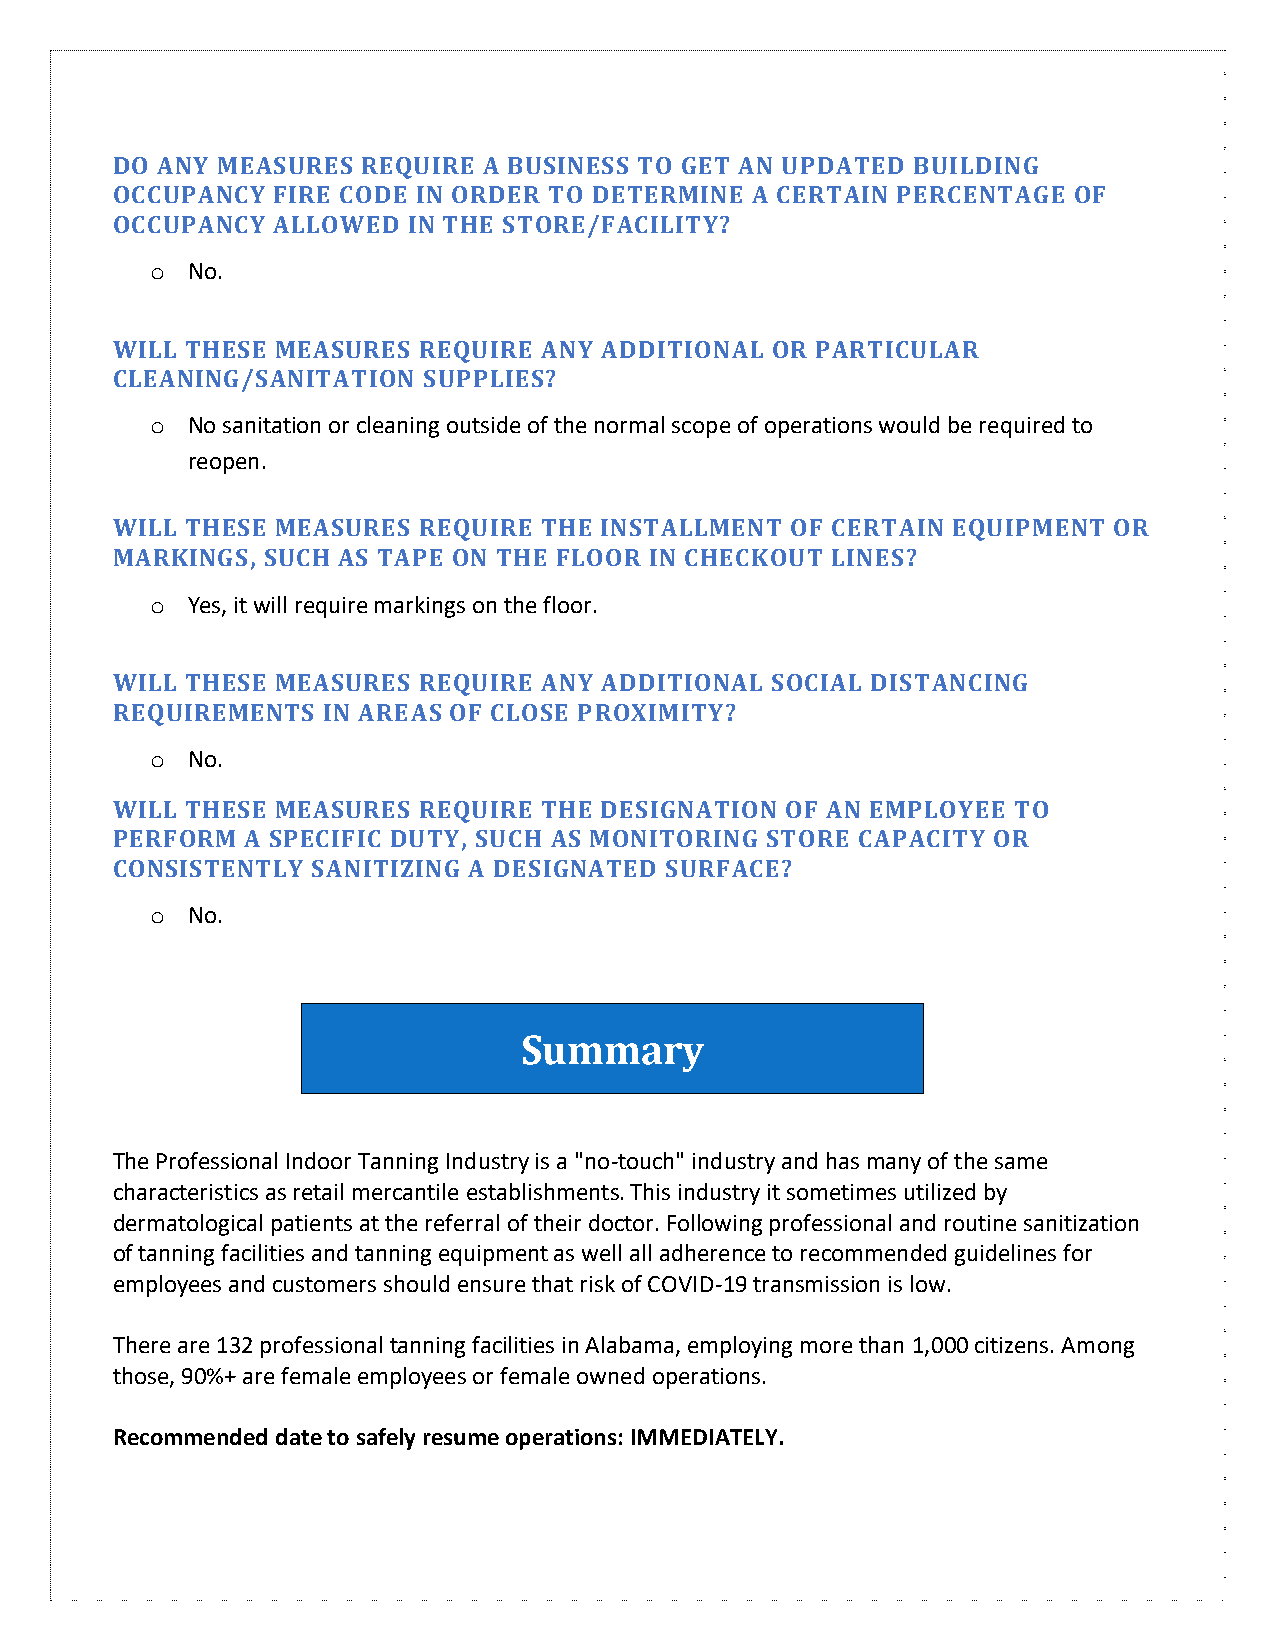
DO ANY MEASURES  REQUIRE A BUSINESS TO GET AN UPDATED BUILDING
 OCCUPANCY  FIRE CODE IN ORDER TO DETERMINE A CERTAIN PERCENTAGE OF
 OCCUPANCY  ALLOWED  IN THE STORE/FACILITY?
 o No.
 WILL THESE MEASURES  REQUIRE ANY ADDITIONAL OR PARTICULAR
 CLEANING/SANITATION  SUPPLIES?
 o No sanitation or cleaning outside of the normal scope of operations would be required to
 reopen.
 WILL THESE MEASURES  REQUIRE THE INSTALLMENT OF CERTAIN EQUIPMENT  OR
 MARKINGS,  SUCH AS TAPE ON THE FLOOR IN CHECKOUT LINES?
 o Yes, it will require markings on the floor.
 WILL THESE MEASURES  REQUIRE ANY ADDITIONAL SOCIAL DISTANCING
 REQUIREMENTS  IN AREAS OF CLOSE PROXIMITY?
 o No.
 WILL THESE MEASURES  REQUIRE THE DESIGNATION OF AN EMPLOYEE TO
 PERFORM  A SPECIFIC DUTY, SUCH AS MONITORING STORE CAPACITY OR
 CONSISTENTLY  SANITIZING A DESIGNATED SURFACE?
 o No.
 Summary
 The Professional Indoor Tanning Industry is a "no-touch" industry and has many of the same
 characteristics as retail mercantile establishments. This industry it sometimes utilized by
 dermatological patients at the referral of their doctor. Following professional and routine sanitization
 of tanning facilities and tanning equipment as well all adherence to recommended guidelines for
 employees and customers should ensure that risk of COVID-19 transmission is low.
 There are 132 professional tanning facilities in Alabama, employing more than 1,000 citizens. Among
 those, 90%+ are female employees or female owned operations.
 Recommended date to safely resume operations: IMMEDIATELY.